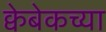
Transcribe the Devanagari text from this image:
क्वेबेकच्या